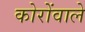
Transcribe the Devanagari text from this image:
कोरोंवाले